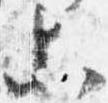
等